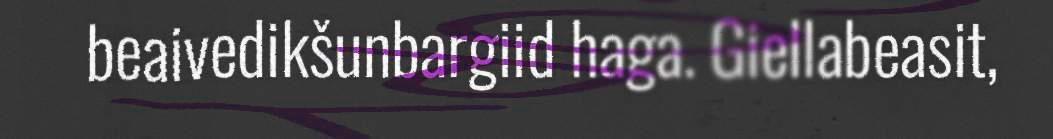
beaivedikšunbargiid haga. Giellabeasit,